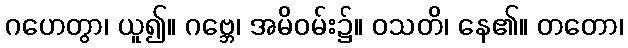
ဂဟေတွာ၊ ယူ၍။ ဂဗ္ဘေ၊ အမိဝမ်း၌။ ဝသတိ၊ နေ၏။ တတော၊